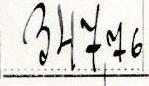
347,76